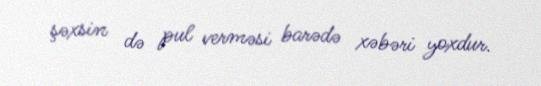
şəxsin də pul verməsi barədə xəbəri yoxdur.